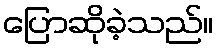
ပြောဆိုခဲ့သည်။